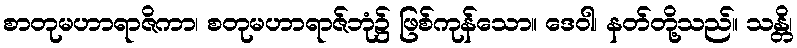
စာတုမဟာရာဇိကာ၊ စတုမဟာရာဇ်ဘုံ၌ ဖြစ်ကုန်သော။ ဒေဝါ၊ နတ်တို့သည်။ သန္တိ၊